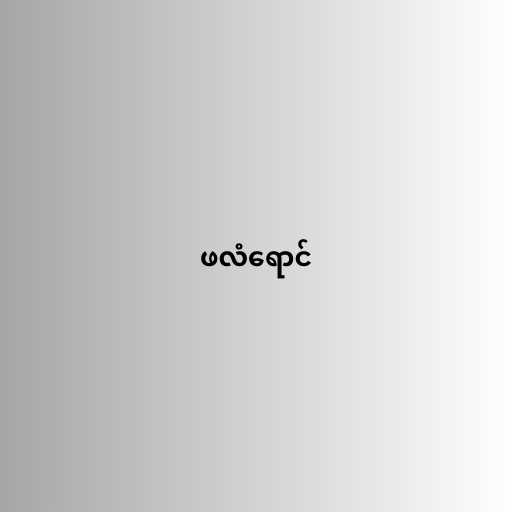
ဖလံရောင်